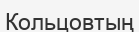
Кольцовтың